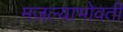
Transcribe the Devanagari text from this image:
मजल्याभोवती